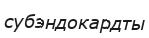
субэндокардты